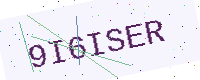
Text: 9I6ISER